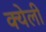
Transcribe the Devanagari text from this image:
क्येली